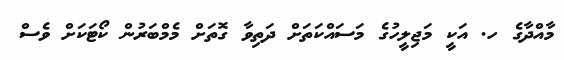
މާއްދާގެ ހ. އަކީ މަޖިލީހުގެ މަސައްކަތަށް ދަތިވާ ގޮތަށް މެމްބަރުން ކޯޓަކަށް ވެސް